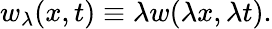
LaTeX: w_{\lambda}(x,t)\equiv\lambda w(\lambda x,\lambda t).